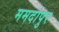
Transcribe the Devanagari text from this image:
ममदापुर